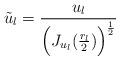
LaTeX: \begin{align*}\tilde{u}_l= \frac{u_l}{\Big(J_{u_l}(\frac{r_l}{2})\Big)^{\frac{1}{2}}} \end{align*}